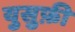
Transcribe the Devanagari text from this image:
युसुफ़ी